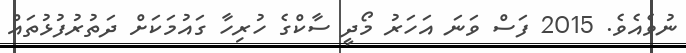
ނުވެއެވެ. 2015 ފަސް ވަނަ އަހަރު މޯދީ ސާކްގެ ހުރިހާ ގައުމަކަށް ދަތުރުފުޅުތައް